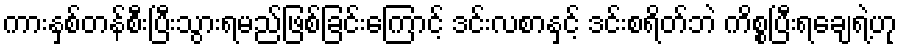
ကားနှစ်တန်စီးပြီးသွားရမည်ဖြစ်ခြင်းကြောင့် ဒင်းလစာနှင့် ဒင်းစရိတ်ဘဲ ကိစ္စပြီးရချေရဲ့ဟု